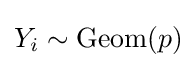
Y_{i}\sim \mathrm {Geom} (p)